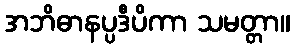
အဘိဓာနပ္ပဒီပိကာ သမတ္တာ။